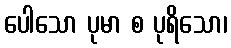
ပေါသော ပုမာ စ ပုရိသော၊